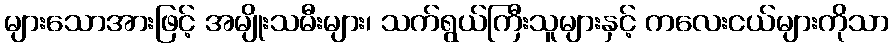
များသောအားဖြင့် အမျိုးသမီးများ၊ သက်ရွယ်ကြီးသူများနှင့် ကလေးငယ်များကိုသာ